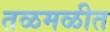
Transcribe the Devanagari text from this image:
तळमळीत